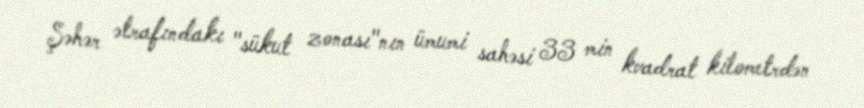
Şəhər ətrafındakı "sükut zonası"nın ümumi sahəsi 33 min kvadrat kilometrdən